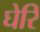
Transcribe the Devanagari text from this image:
घेरि